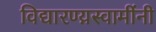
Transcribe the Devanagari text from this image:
विद्यारण्य़स्वामींनी